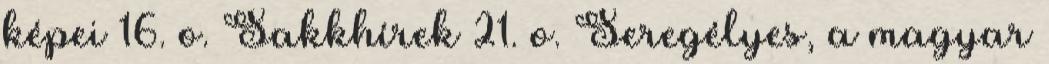
képei 16. o. Sakkhírek 21. o. Seregélyes, a magyar